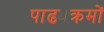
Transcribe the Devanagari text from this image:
पाढ्यक्रमों